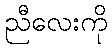
ညီလေးကို